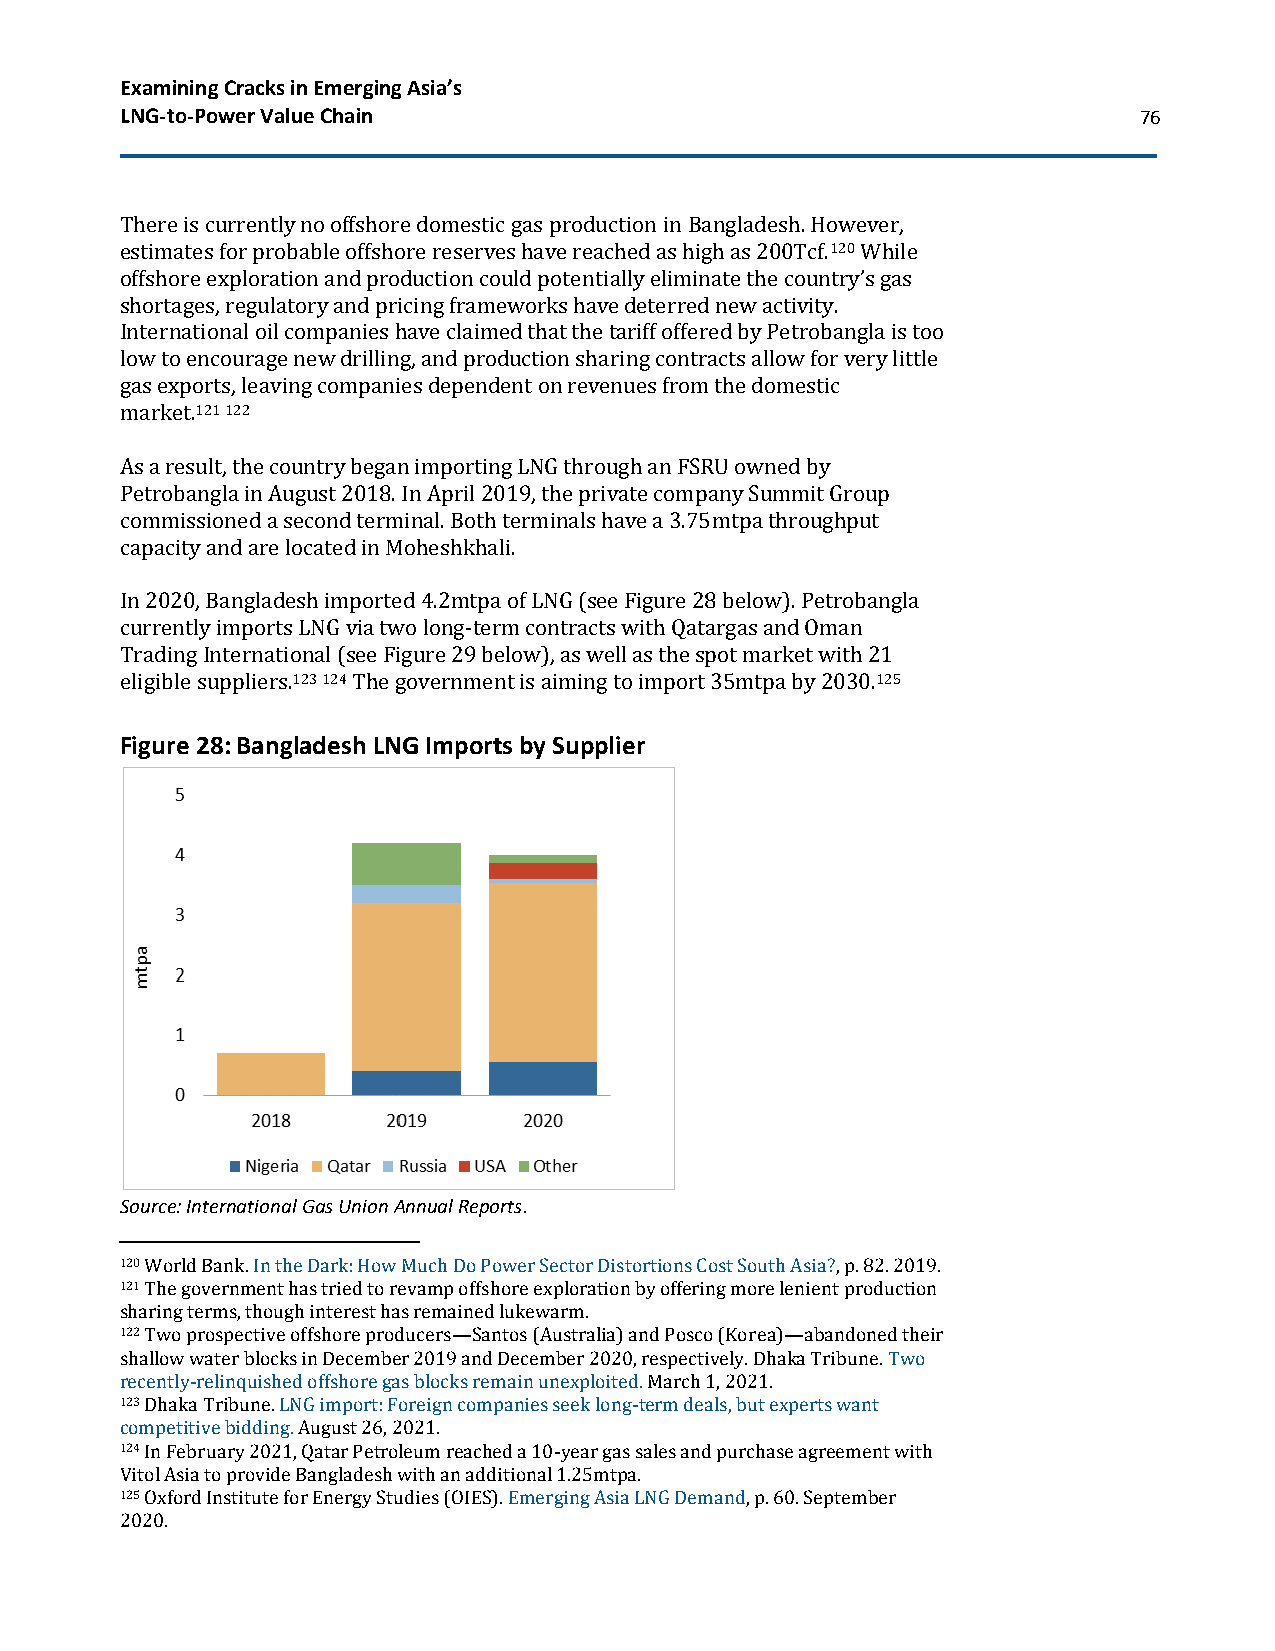
Examining Cracks in Emerging Asia’s
 LNG-to-Power Value Chain                                           76
 There is currently no offshore domestic gas production in Bangladesh. However,
 estimates for probable offshore reserves have reached as high as 200Tcf.120 While
 offshore exploration and production could potentially eliminate the country’s gas
 shortages, regulatory and pricing frameworks have deterred new activity.
 International oil companies have claimed that the tariff offered by Petrobangla is too
 low to encourage new drilling, and production sharing contracts allow for very little
 gas exports, leaving companies dependent on revenues from the domestic
 market.121 122
 As a result, the country began importing LNG through an FSRU owned by
 Petrobangla in August 2018. In April 2019, the private company Summit Group
 commissioned a second terminal. Both terminals have a 3.75mtpa throughput
 capacity and are located in Moheshkhali.
 In 2020, Bangladesh imported 4.2mtpa of LNG (see Figure 28 below). Petrobangla
 currently imports LNG via two long-term contracts with Qatargas and Oman
 Trading International (see Figure 29 below), as well as the spot market with 21
 eligible suppliers.123 124 The government is aiming to import 35mtpa by 2030.125
 Figure 28: Bangladesh LNG Imports by Supplier
 Source: International Gas Union Annual Reports.
 120 World Bank. In the Dark: How Much Do Power Sector Distortions Cost South Asia?, p. 82. 2019.
 121 The government has tried to revamp offshore exploration by offering more lenient production
 sharing terms, though interest has remained lukewarm.
 122 Two prospective offshore producers—Santos (Australia) and Posco (Korea)—abandoned their
 shallow water blocks in December 2019 and December 2020, respectively. Dhaka Tribune. Two
 recently-relinquished offshore gas blocks remain unexploited. March 1, 2021.
 123 Dhaka Tribune. LNG import: Foreign companies seek long-term deals, but experts want
 competitive bidding. August 26, 2021.
 124 In February 2021, Qatar Petroleum reached a 10-year gas sales and purchase agreement with
 Vitol Asia to provide Bangladesh with an additional 1.25mtpa.
 125 Oxford Institute for Energy Studies (OIES). Emerging Asia LNG Demand, p. 60. September
 2020.